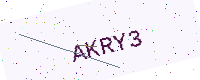
Text: AKRY3